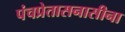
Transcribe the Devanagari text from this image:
पंचप्रेतासनासीना